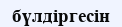
бүлдіргесін